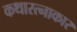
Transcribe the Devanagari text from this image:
कथारत्नाकार